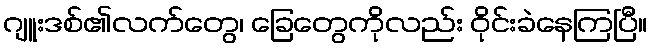
ဂျူးဒစ်၏လက်တွေ၊ ခြေတွေကိုလည်း ဝိုင်းခဲနေကြပြီ။